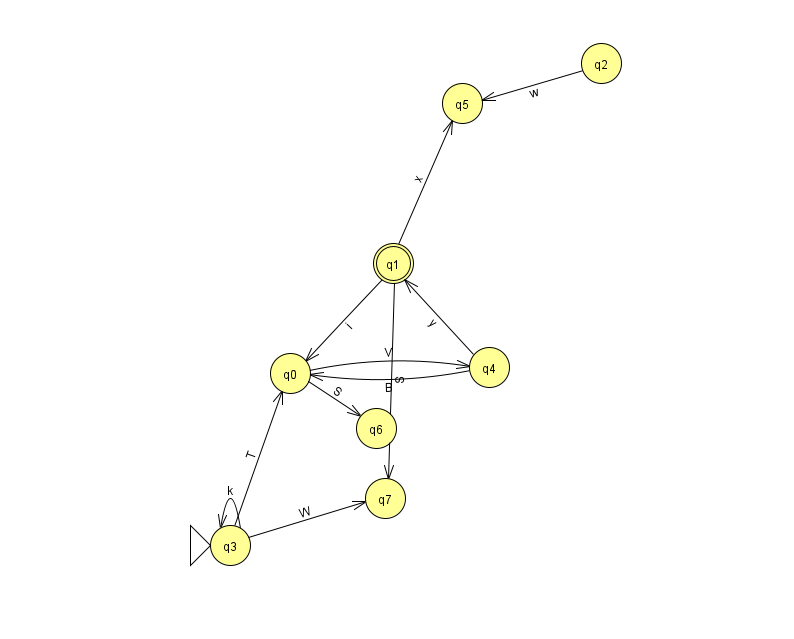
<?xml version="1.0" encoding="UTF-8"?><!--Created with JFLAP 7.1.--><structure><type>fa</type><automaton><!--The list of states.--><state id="0" name="q0"><x>290.0</x><y>360.0</y></state><state id="1" name="q1"><x>393.0</x><y>250.0</y><final/></state><state id="2" name="q2"><x>601.0</x><y>50.0</y></state><state id="3" name="q3"><x>230.0</x><y>532.0</y><initial/></state><state id="4" name="q4"><x>489.0</x><y>354.0</y></state><state id="5" name="q5"><x>462.0</x><y>90.0</y></state><state id="6" name="q6"><x>376.0</x><y>415.0</y></state><state id="7" name="q7"><x>385.0</x><y>485.0</y></state><!--The list of transitions.--><transition><from>2</from><to>5</to><read>w</read></transition><transition><from>0</from><to>6</to><read>S</read></transition><transition><from>1</from><to>7</to><read>S</read></transition><transition><from>1</from><to>0</to><read>i</read></transition><transition><from>3</from><to>0</to><read>T</read></transition><transition><from>3</from><to>7</to><read>W</read></transition><transition><from>4</from><to>1</to><read>y</read></transition><transition><from>0</from><to>4</to><read>V</read></transition><transition><from>3</from><to>3</to><read>k</read></transition><transition><from>1</from><to>5</to><read>x</read></transition><transition><from>4</from><to>0</to><read>B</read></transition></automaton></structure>